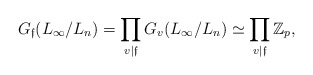
\begin{align*}G_{\frak f}(L_\infty/L_n)=\prod_{v\vert\frak f}G_v(L_\infty/L_n)\simeq\prod_{v\vert\frak f}\Bbb Z_p,\end{align*}